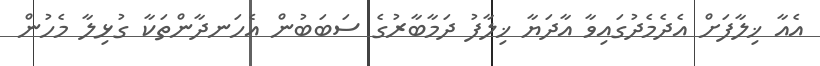
އެއާ ޚިލާފަށް އެދެމެދުގައިވާ އާދަޔާ ޚިލާފު ދަމާބާރުގެ ސަބަބުން އެހަނދާންތަކާ ގުޅިލާ މެހުން